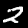
Label: 2